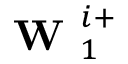
\textbf { W } _ { 1 } ^ { i + }